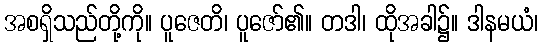
အစရှိသည်တို့ကို။ ပူဇေတိ၊ ပူဇော်၏။ တဒါ၊ ထိုအခါ၌။ ဒါနမယံ၊